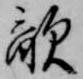
敵